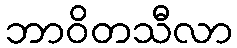
ဘာဝိတသီလာ